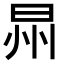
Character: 𣌮